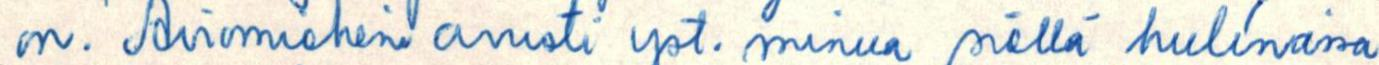
on. Aviomieheni avusti yst. minua siellä hulinassa